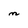
Character: m